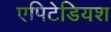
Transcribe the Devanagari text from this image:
एपिटेडियश